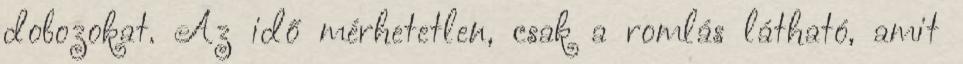
dobozokat. Az idő mérhetetlen, csak a romlás látható, amit